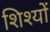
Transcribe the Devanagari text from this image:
शिश्यों